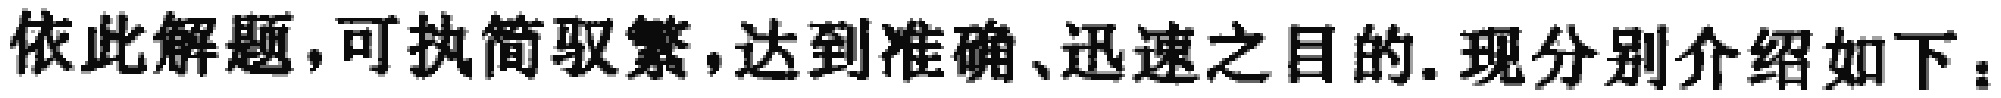
依此解题,可执简驭繁,达到准确、迅速之目的.现分别介绍如下：